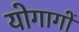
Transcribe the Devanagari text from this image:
योगागों